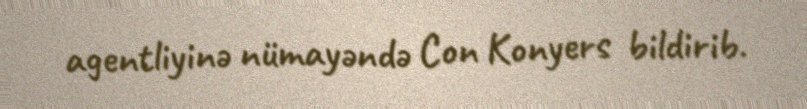
agentliyinə nümayəndə Con Konyers bildirib.